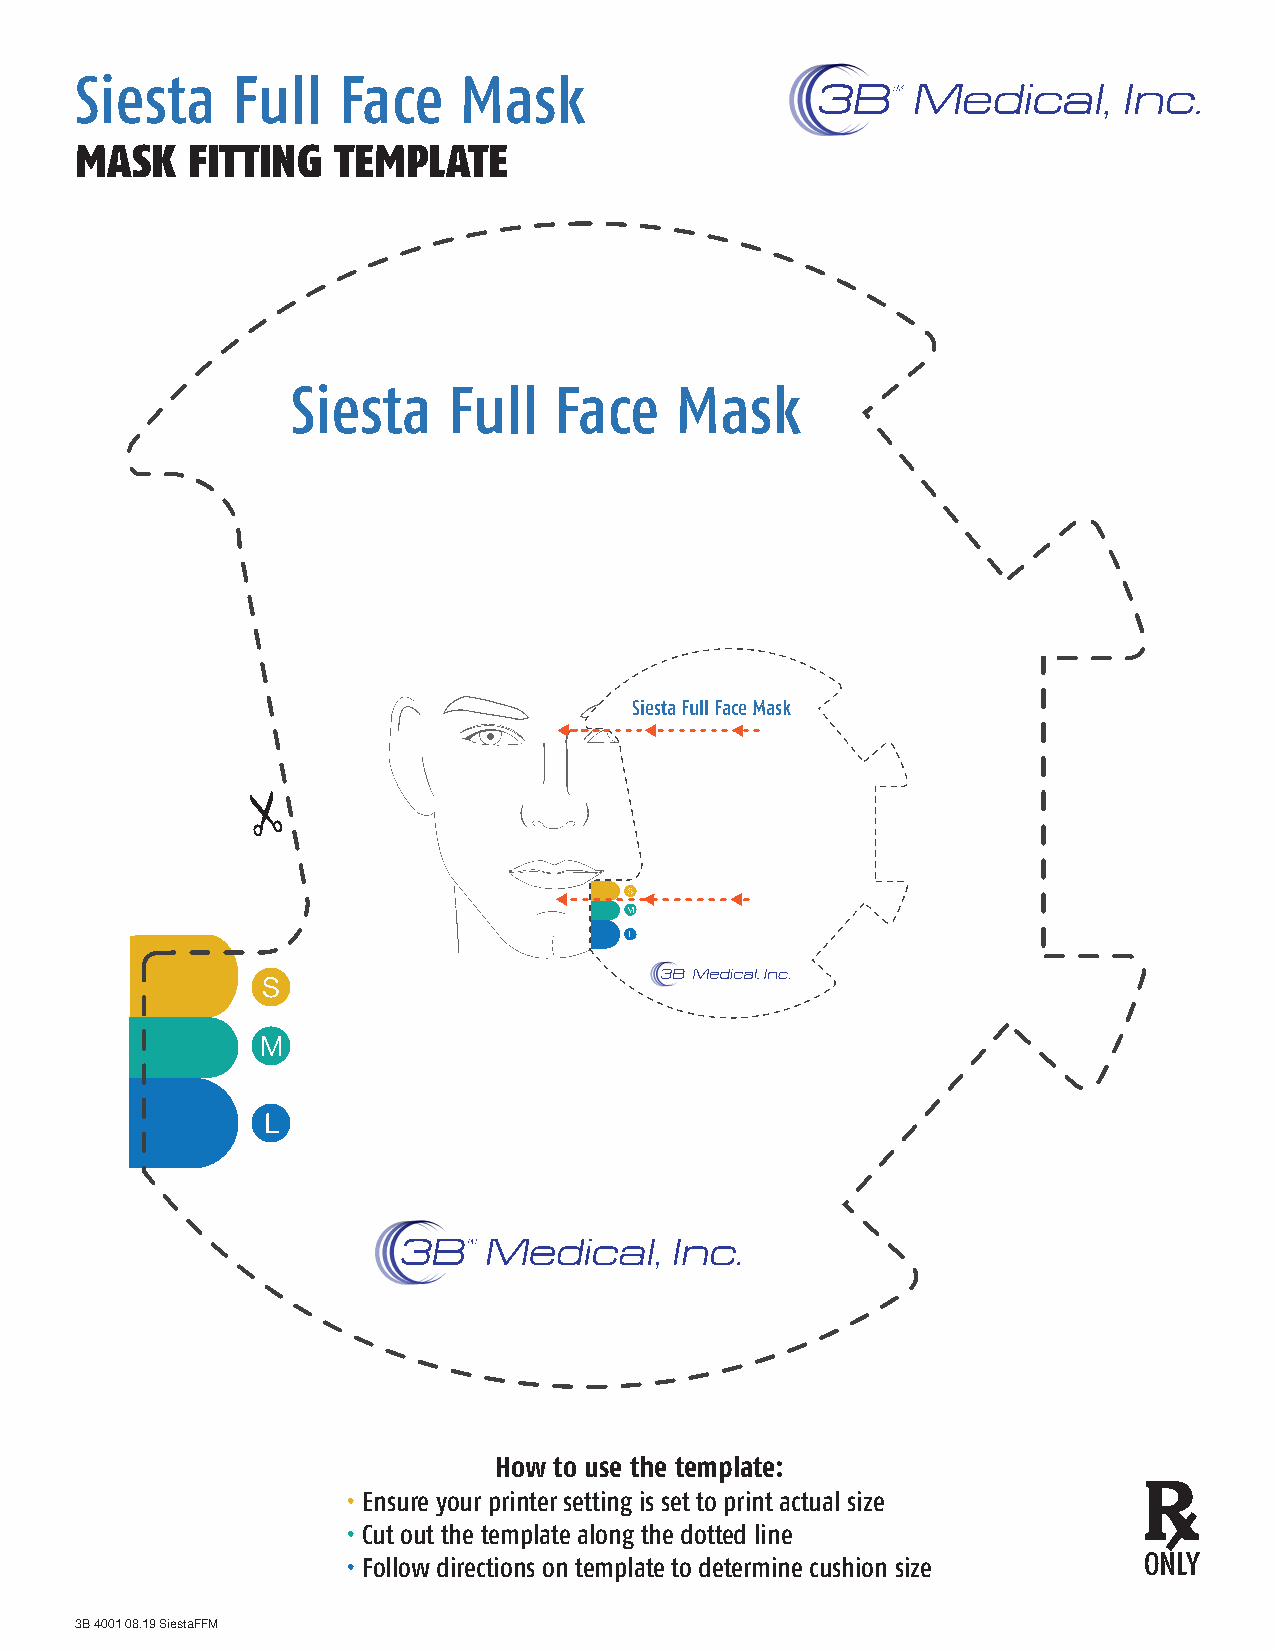
Siesta    Full   Face    Mask
 MASK   FITTING   TEMPLATE
 Siesta     Full   Face    Mask
 Siesta Full Face Mask
 How to use the template:
 • Ensure your printer setting is set to print actual size
 • Cut out the template along the dotted line
 • Follow directions on template to determine cushion size ONLY
 3B 4001 08.19 SiestaFFM